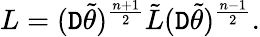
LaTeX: L=(\mathtt{D}\tilde{{\theta}})^{\frac{{n+1}}{{2}}}\tilde{{L}}(\mathtt{D}\tilde{{\theta}})^{\frac{{n-1}}{{2}}}.